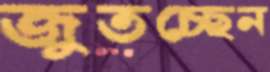
জুতচ্ছেন